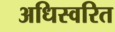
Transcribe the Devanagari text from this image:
अधिस्वरित